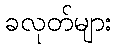
ခလုတ်များ